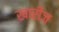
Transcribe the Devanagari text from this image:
खारीज